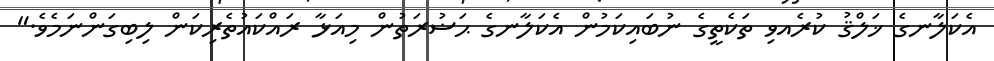
އެކަލާނގެ ޚަލްޤު ކުރެއވި ތަކެތީގެ ނުބައިކަމުން އެކަލާނގެ ޙަޟުރަތުން މިއަޅާ ރައްކައުތެރިކަން ލިބިގަންނަމެވެ."